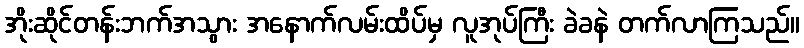
အိုးဆိုင်တန်းဘက်အသွား အနောက်လမ်းထိပ်မှ လူအုပ်ကြီး ခဲခနဲ တက်လာကြသည်။